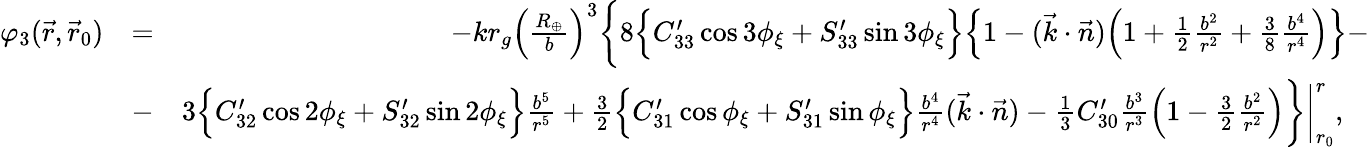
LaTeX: \begin{array}{rlr}{\varphi_{3}(\vec{r},\vec{r}_{0})}&{=}&{-kr_{g}\Big(\frac{R_{\oplus}}{b}\Big)^{3}\bigg\{ 8\Big\{ C_{33}^{\prime}\cos 3\phi_{\xi}+S_{33}^{\prime}\sin 3\phi_{\xi}\Big\} \Big\{ 1-(\vec{k}\cdot\vec{n})\Big(1+{\textstyle\frac{1}{2}}\frac{b^{2}}{r^{2}}+{\textstyle\frac{3}{8}}\frac{b^{4}}{r^{4}}\Big)\Big\} -}\\ &{-}&{3\Big\{ C_{32}^{\prime}\cos 2\phi_{\xi}+S_{32}^{\prime}\sin 2\phi_{\xi}\Big\} \frac{b^{5}}{r^{5}}+{\textstyle\frac{3}{2}}\Big\{ C_{31}^{\prime}\cos\phi_{\xi}+S_{31}^{\prime}\sin\phi_{\xi}\Big\} \frac{b^{4}}{r^{4}}(\vec{k}\cdot\vec{n})-{\textstyle\frac{1}{3}}C_{30}^{\prime}\frac{b^{3}}{r^{3}}\Big(1-{\textstyle\frac{3}{2}}\frac{b^{2}}{r^{2}}\Big)\bigg\} \bigg|_{r_{0}}^{r},~~~}\end{array}